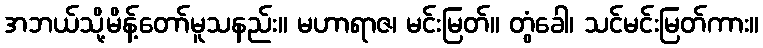
အဘယ်သို့မိန့်တော်မူသနည်း။ မဟာရာဇ၊ မင်းမြတ်။ တွံခေါ၊ သင်မင်းမြတ်ကား။